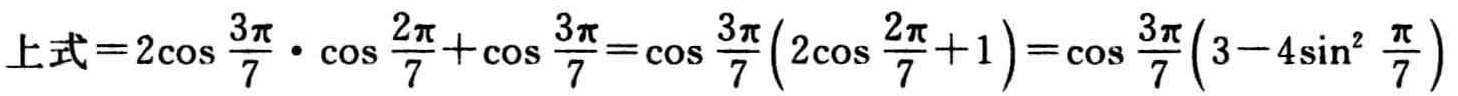
上式\(=2\cos \frac{3\pi}{7}\cdot \cos \frac{2\pi}{7}+\cos \frac{3\pi}{7}=\cos \frac{3\pi}{7}(2\cos \frac{2\pi}{7}+1)=\cos \frac{3\pi}{7}(3 - 4\sin^{2} \frac{\pi}{7})\)